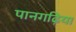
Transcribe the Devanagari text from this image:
पानगढ़िया